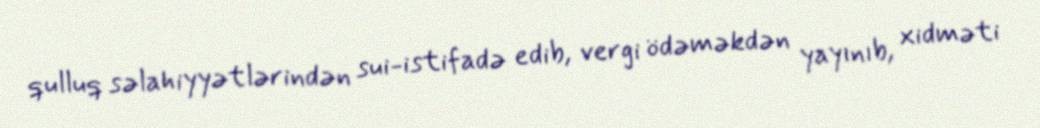
qulluq səlahiyyətlərindən sui-istifadə edib, vergi ödəməkdən yayınıb, xidməti